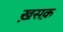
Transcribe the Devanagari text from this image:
ख़सक़